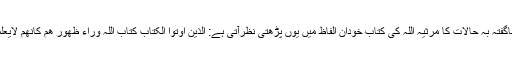
اس ناگفتہ بہ حالات کا مرثیہ اللہ کی کتاب خودان الفاظ میں یوں پڑھتی نظرآتی ہے: الذین اوتوا الکتاب کتاب اللہ وراء ظھور ھم کانھم لایعلمون۔